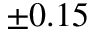
\pm 0 . 1 5